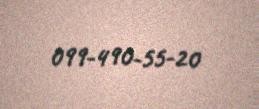
099-490-55-20